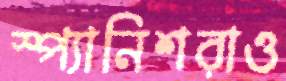
স্প্যানিশরাও